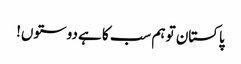
پاکستان تو ہم سب کا ہے دوستوں!